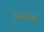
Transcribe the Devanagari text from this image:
चिम्बोस